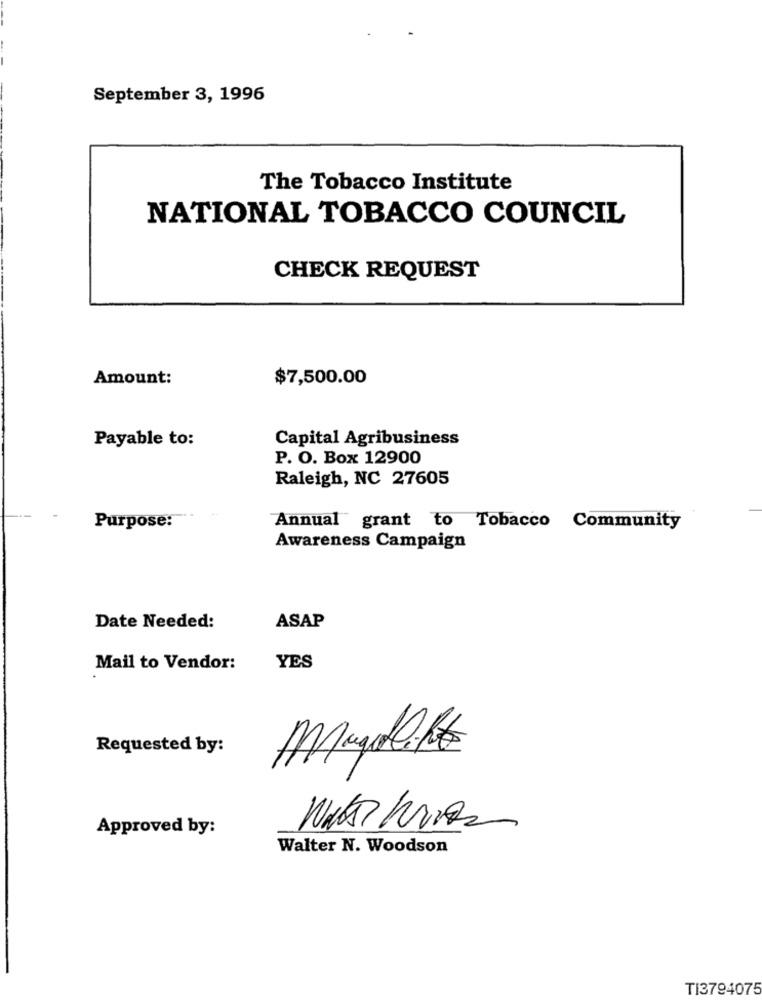
September 3, 1996
The Tobacco Institute
NATIONAL TOBACCO COUNCIL
CHECK REQUEST
Amount:
$7,500.00
Payable to:
Capital Agribusiness
P. O. Box 12900
Raleigh, NC 27605
Purpose:
Annual grant to Tobacco Community
Awareness Campaign
Date Needed:
ASAP
Mail to Vendor:
YES
Requested by:
Magilift
Approved by:
Walter N. Woodson
TI3794075